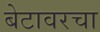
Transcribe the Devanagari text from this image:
बेटावरचा